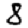
Digit: 8